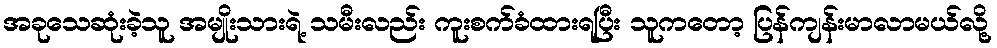
အခုသေဆုံးခဲ့သူ အမျိုးသားရဲ့ သမီးလည်း ကူးစက်ခံထားရပြီး သူကတော့ ပြန်ကျန်းမာလာမယ်လို့